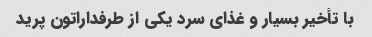
با تأخیر بسیار و غذای سرد یکی از طرفداراتون پرید